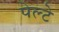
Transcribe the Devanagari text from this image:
पेल्टे